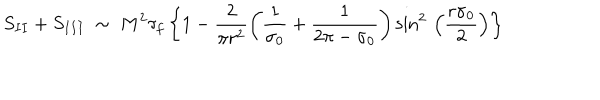
S _ { I I } + S _ { I I I } ~ \sim ~ M ^ { 2 } \tau _ { f } \left\{ 1 - \frac { 2 } { \pi r ^ { 2 } } \left( \frac { 1 } { \sigma _ { 0 } } + \frac { 1 } { 2 \pi - \sigma _ { 0 } } \right) { \sin } ^ { 2 } \, \left( \frac { r \sigma _ { 0 } } { 2 } \right) \right\}